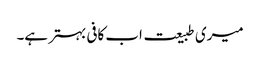
میری طبیعت اب کافی بہتر ہے۔